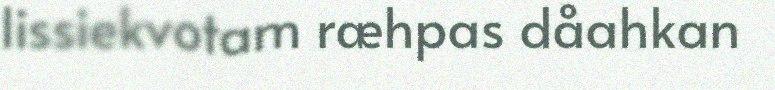
lissiekvotam ræhpas dåahkan